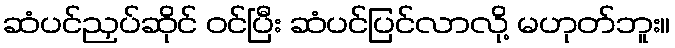
ဆံပင်ညှပ်ဆိုင် ဝင်ပြီး ဆံပင်ပြင်လာလို့ မဟုတ်ဘူး။